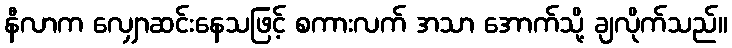
နီလာက လျှောဆင်းနေသဖြင့် စကားလက် အသာ အောက်သို့ ချလိုက်သည်။